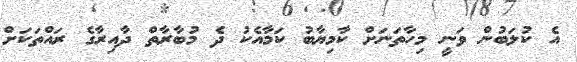
އެ ކުލަބުން ވަނީ މިހާތަނަށް ކާމިޔާބު ކަމާއެކު ދެ މުބާރާތް ދާއިރާގެ ރައްތަކަށް